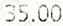
35.00